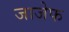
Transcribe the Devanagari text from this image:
जाजेफ